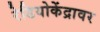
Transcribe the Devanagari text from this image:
रेडियोकेंद्रावर